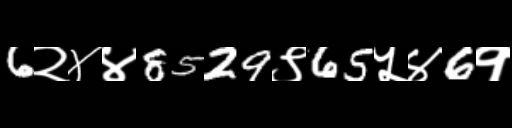
Text: 6२४४8529९65५४6१